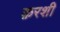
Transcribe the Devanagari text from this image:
क़रशी